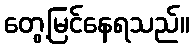
တွေ့မြင်နေရသည်။